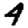
Digit: 4